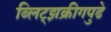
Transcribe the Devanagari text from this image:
ब्लिट्झक्रीगपुढे